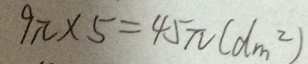
9 \pi \times 5 = 4 5 \pi ( d m ^ { 2 } )